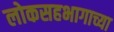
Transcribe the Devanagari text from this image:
लोकसहभागाच्या